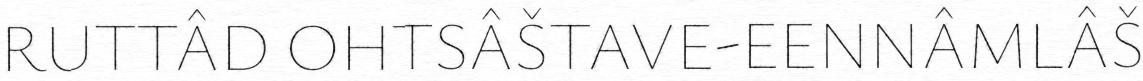
RUTTÂD OHTSÂŠTAVE-EENNÂMLÂŠ